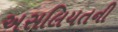
અસલિયતની